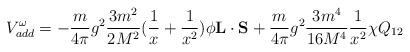
\begin{align*}V_{add}^{\omega} = -\frac{m}{4 \pi} g^{2} \frac{3 m^{2}}{2 M^{2}}(\frac{1}{x}+ \frac{1}{x^{2}}) \phi {\bf L} \cdot {\bf S} +\frac{m}{4 \pi} g^{2} \frac{3 m^{4}}{16 M^{4}} \frac{1}{x^{2}} \chi Q_{12}\end{align*}